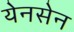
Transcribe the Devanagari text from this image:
येनसेन